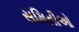
સમિતીઓ